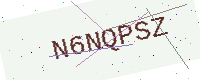
Text: N6NQPSZ